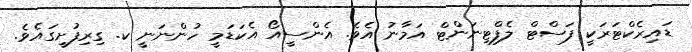
ޑައިރެކްޓަރަކީ ފަސްޓް ލެފްޓިނަންޓް އަމާނު އެވެ. އެންސީއޯ އެކަޑަމީ ހުންނަނީ ކ. ގިރިފުށީގައެވެ.